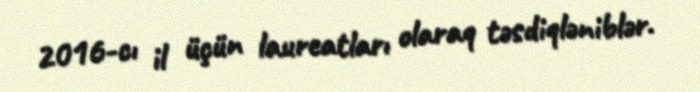
2016-cı il üçün laureatları olaraq təsdiqləniblər.